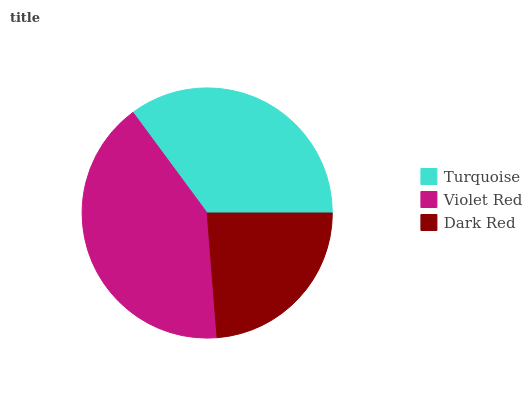
| Turquoise | Violet Red | Dark Red |
 | --- | --- | --- |
 | 35.2% | 41.1% | 23.7% |